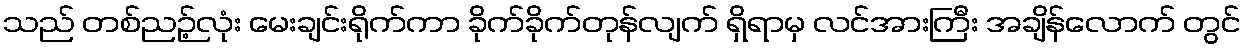
သည် တစ်ညဉ့်လုံး မေးချင်းရိုက်ကာ ခိုက်ခိုက်တုန်လျက် ရှိရာမှ လင်အားကြီး အချိန်လောက် တွင်